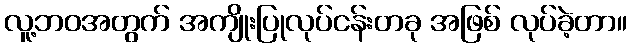
လူ့ဘဝအတွက် အကျိုးပြုလုပ်ငန်းတခု အဖြစ် လုပ်ခဲ့တာ။